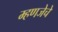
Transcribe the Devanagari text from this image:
म्हणजेचे